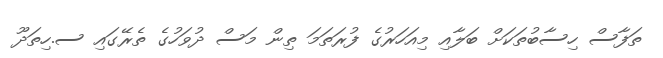
ތަފާސް ހިސާބުތަކަށް ބަލާއި މިއަހަރުގެ ފުރަތަމަ ތިން މަސް ދުވަހުގެ ތެރޭގައި ސ.ހިތަދޫ